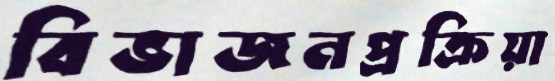
বিভাজনপ্রক্রিয়া